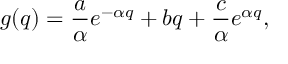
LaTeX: g ( q ) = \frac { a } { \alpha } e ^ { - \alpha q } + b q + \frac { c } { \alpha } e ^ { \alpha q } ,